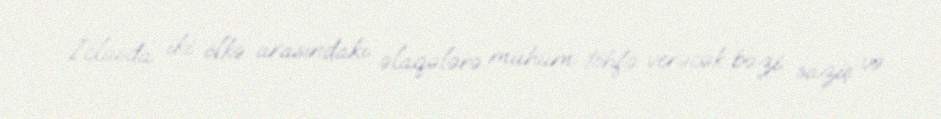
İclasda iki ölkə arasındakı əlaqələrə mühüm töhfə verəcək bəzi saziş və